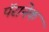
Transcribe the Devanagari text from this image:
पॅरानेक